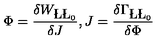
\Phi = \frac { \delta W _ { \L \L _ { 0 } } } { \delta J } , J = \frac { \delta \Gamma _ { \L \L _ { 0 } } } { \delta \Phi }